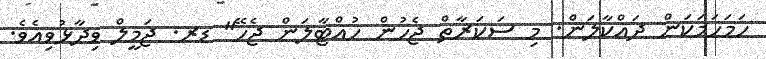
ހަމަހަމަކަން ދައްކާލަން. މި ސަކަރާތް ޖެހުން ހުއްޓާލަން ޖެހޭ" ޑރ. ޖަމީލް ވިދާޅުވިއެވެ.